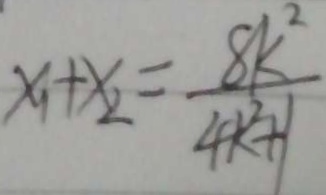
x _ { 1 } + x _ { 2 } = \frac { 8 k ^ { 2 } } { 4 k ^ { 2 } + 1 }